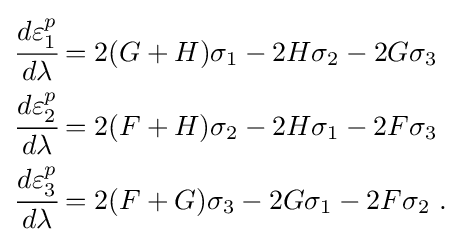
{\begin{aligned}{\cfrac {d\varepsilon _{1}^{p}}{d\lambda }}&=2(G+H)\sigma _{1}-2H\sigma _{2}-2G\sigma _{3}\\{\cfrac {d\varepsilon _{2}^{p}}{d\lambda }}&=2(F+H)\sigma _{2}-2H\sigma _{1}-2F\sigma _{3}\\{\cfrac {d\varepsilon _{3}^{p}}{d\lambda }}&=2(F+G)\sigma _{3}-2G\sigma _{1}-2F\sigma _{2}~.\end{aligned}}